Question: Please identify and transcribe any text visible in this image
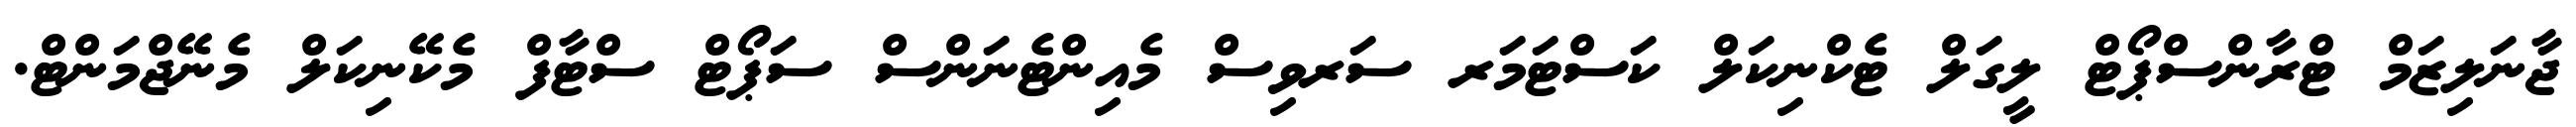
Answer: ޖާނަލިޒަމް ޓްރާންސްޕޯޓް ލީގަލް ޓެކްނިކަލް ކަސްޓަމަރ ސަރވިސް މެއިންޓެނަންސް ސަޕޯޓް ސްޓާފް މެކޭނިކަލް މެނޭޖްމަންޓް.